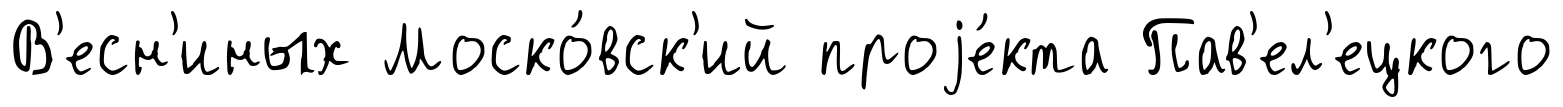
В'есн'иных Моско́вск'ий проjе́кта Пав'ел'ецкого